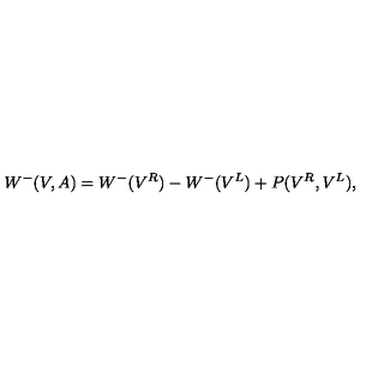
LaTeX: W ^ { - } ( V , A ) = W ^ { - } ( V ^ { R } ) - W ^ { - } ( V ^ { L } ) + P ( V ^ { R } , V ^ { L } ) ,